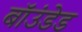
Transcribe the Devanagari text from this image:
बॉउंडेड